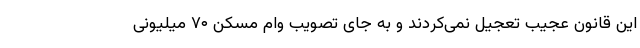
این قانون عجیب تعجیل نمی‌کردند و به جای تصویب وام مسکن ۷۰ میلیونی